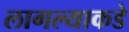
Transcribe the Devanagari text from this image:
लागल्याकडे